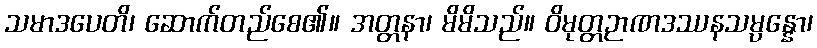
သမာဒပေတိ၊ ဆောက်တည်စေ၏။ အတ္တနာ၊ မိမိသည်။ ဝိမုတ္တဉာဏဒဿနသမ္ပန္နော၊